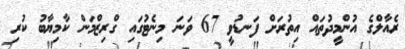
ރެއާލްގެ އުންމީދުތައް އިތުރަށް ފަނޑުވީ 67 ވަނަ މިނެޓުގައި ގްރިޒްމަން ކާމިޔާބު ކުރި